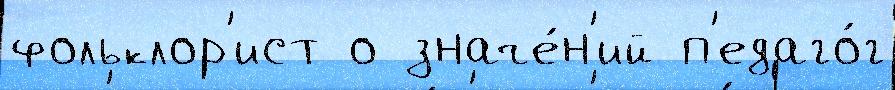
фольклор'ист о значе́н'ий п'едаго́г